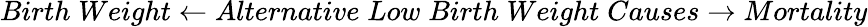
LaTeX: Birth\; Weight\leftarrow Alternative\; Low\; Birth\; Weight\; Causes\rightarrow Mortality